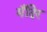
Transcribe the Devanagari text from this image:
मँदिर